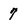
Character: 7